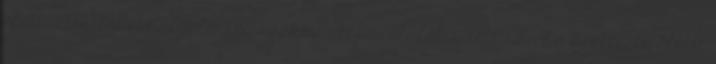
életbiztosításoknál jelentős szakmai tapasztalatra tett szert a biztosító előtti